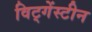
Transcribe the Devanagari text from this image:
विट्गेंस्टीन